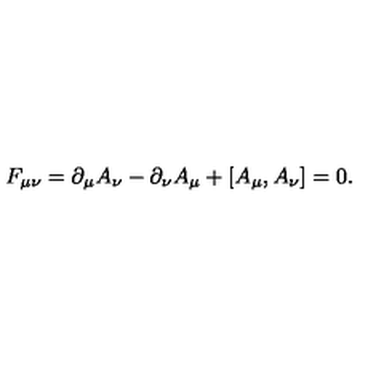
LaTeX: F _ { \mu \nu } = \partial _ { \mu } A _ { \nu } - \partial _ { \nu } A _ { \mu } + [ A _ { \mu } , A _ { \nu } ] = 0 .